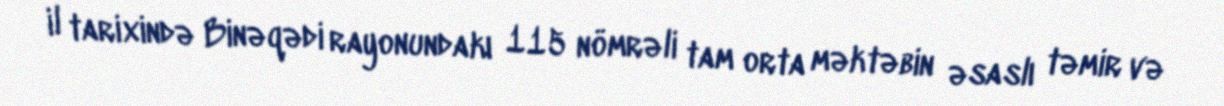
il tarixində Binəqədi rayonundakı 115 nömrəli tam orta məktəbin əsaslı təmir və